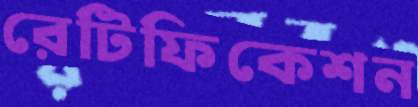
রেটিফিকেশন